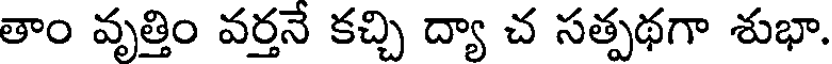
తాం వృత్తిం వర్తనే కచ్చి ద్యా చ సత్పథగా శుభా.